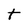
Character: t